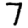
Digit: 7